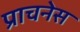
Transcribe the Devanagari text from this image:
प्राचनेस